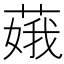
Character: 𦶥